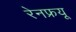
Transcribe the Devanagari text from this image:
रेनफ्रयू